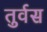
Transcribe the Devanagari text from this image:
तुर्वस